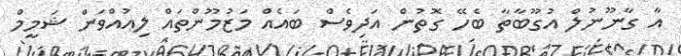
އާ ގާނޫނުލް އުގޫބާތާ ބެހޭ ގޮތުން އަދިވެސް ބައެއް މަޒުމޫންތައް ލިއުއްވަން ޝަމީމް